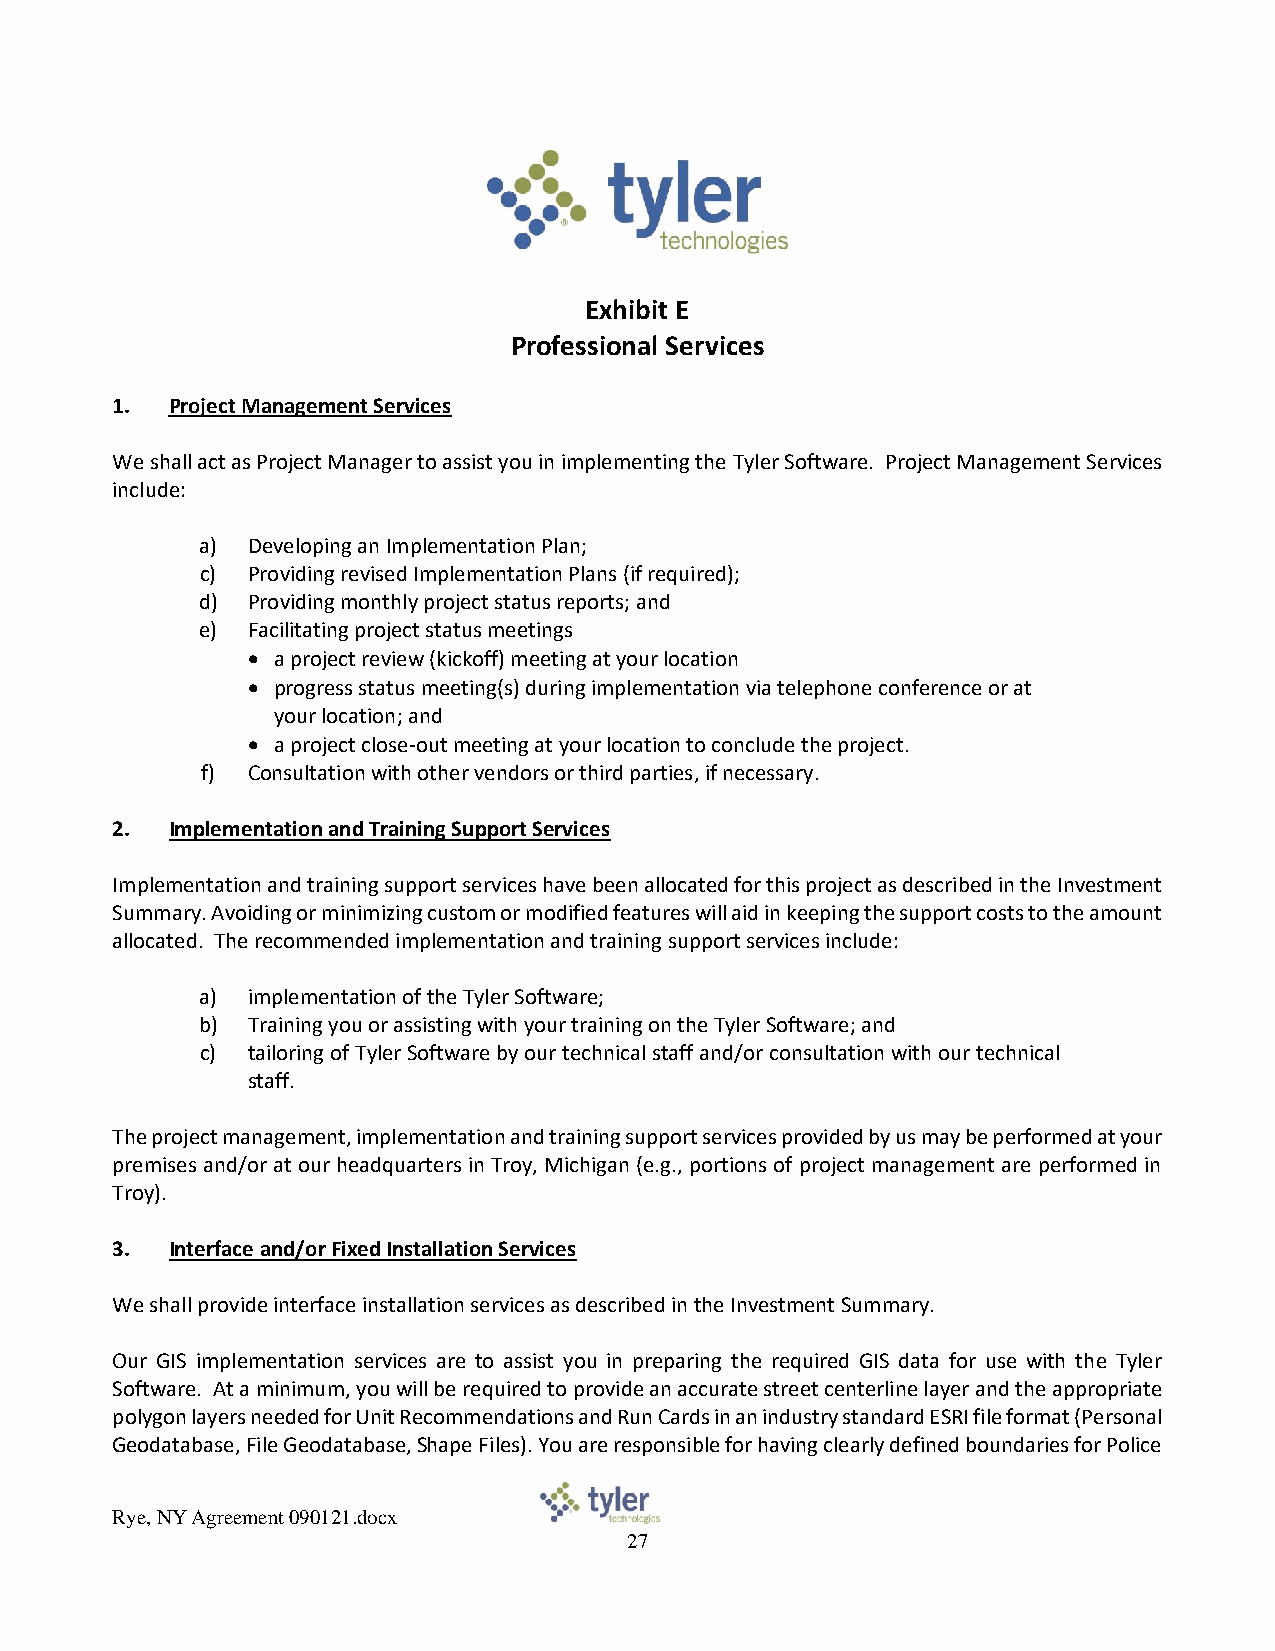
Exhibit E
 Professional Services
 1.  Project Management Services
 We shall act as Project Manager to assist you in implementing the Tyler Software. Project Management Services
 include:
 a) Developing an Implementation Plan;
 c) Providing revised Implementation Plans (if required);
 d) Providing monthly project status reports; and
 e) Facilitating project status meetings
 • a project review (kickoff) meeting at your location
 • progress status meeting(s) during implementation via telephone conference or at
 your location; and
 • a project close-out meeting at your location to conclude the project.
 f) Consultation with other vendors or third parties, if necessary.
 2.  Implementation and Training Support Services
 Implementation and training support services have been allocated for this project as described in the Investment
 Summary. Avoiding or minimizing custom or modified features will aid in keeping the support costs to the amount
 allocated. The recommended implementation and training support services include:
 a) implementation of the Tyler Software;
 b) Training you or assisting with your training on the Tyler Software; and
 c) tailoring of Tyler Software by our technical staff and/or consultation with our technical
 staff.
 The project management, implementation and training support services provided by us may be performed at your
 premises and/or at our headquarters in Troy, Michigan (e.g., portions of project management are performed in
 Troy).
 3.  Interface and/or Fixed Installation Services
 We shall provide interface installation services as described in the Investment Summary.
 Our GIS implementation services are to assist you in preparing the required GIS data for use with the Tyler
 Software. At a minimum, you will be required to provide an accurate street centerline layer and the appropriate
 polygon layers needed for Unit Recommendations and Run Cards in an industry standard ESRI file format (Personal
 Geodatabase, File Geodatabase, Shape Files). You are responsible for having clearly defined boundaries for Police
 Rye, NY Agreement 090121.docx
 27